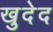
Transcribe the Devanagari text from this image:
खुदेद